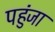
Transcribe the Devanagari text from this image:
पहुंजा